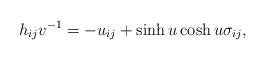
LaTeX: \begin{align*} h_{ij}v^{-1}=-u_{ij}+\sinh u\cosh u\sigma_{ij},\end{align*}